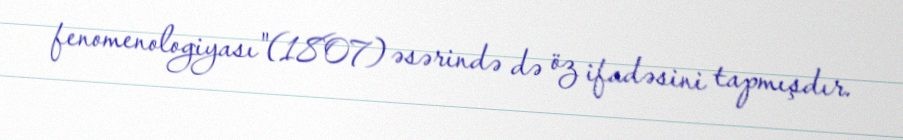
fenomenologiyası"(1807) əsərində də öz ifadəsini tapmışdır.